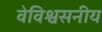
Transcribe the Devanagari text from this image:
वेविश्वसनीय